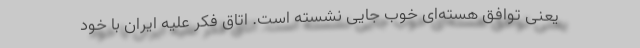
یعنی توافق هسته‌ای خوب جایی نشسته است. اتاق فکر علیه ایران با خود